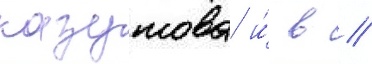
казутова и́ в //